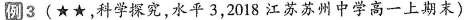
例3(★★，科学探究，水平3，2018江苏苏州中学高一上期末)